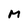
Character: M